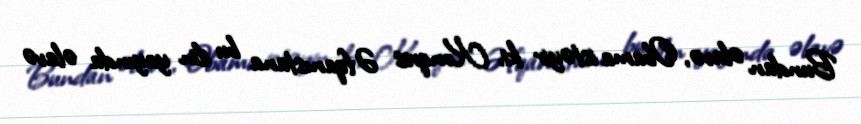
Bundan əlavə, Obama istəyir ki, Konqres Əfqanıstana bu ilin yayında əlavə